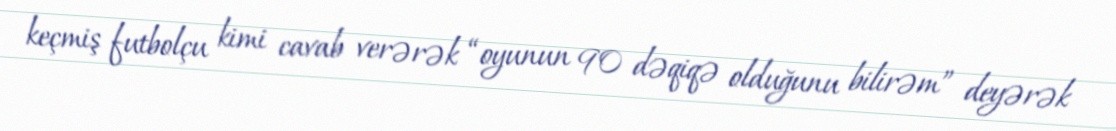
keçmiş futbolçu kimi cavab verərək “oyunun 90 dəqiqə olduğunu bilirəm” deyərək